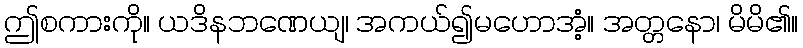
ဤစကားကို။ ယဒိနဘဏေယျ၊ အကယ်၍မဟောအံ့။ အတ္တနော၊ မိမိ၏။